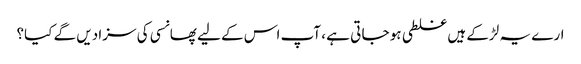
ارے یہ لڑکے ہیں غلطی ہو جا تی ہے ، آپ اس کے لیے پھانسی کی سزا دیں گے کیا؟